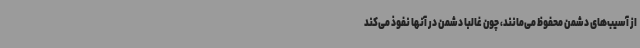
از آسیب‌های دشمن محفوظ می‌مانند، چون غالبا دشمن در آنها نفوذ می‌کند